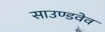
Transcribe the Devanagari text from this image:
साउण्डवेव